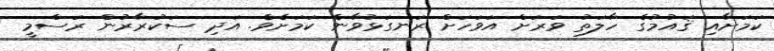
ކަމަށާއި ޤައުމުގެ ހާލަތު ވަރަށް އަވަހަށް ރަނގަޅުވާނެ ކަމަށެވެ. އަދި ސަކުރާރުން ރަސްމީ